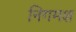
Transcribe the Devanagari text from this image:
निगमश